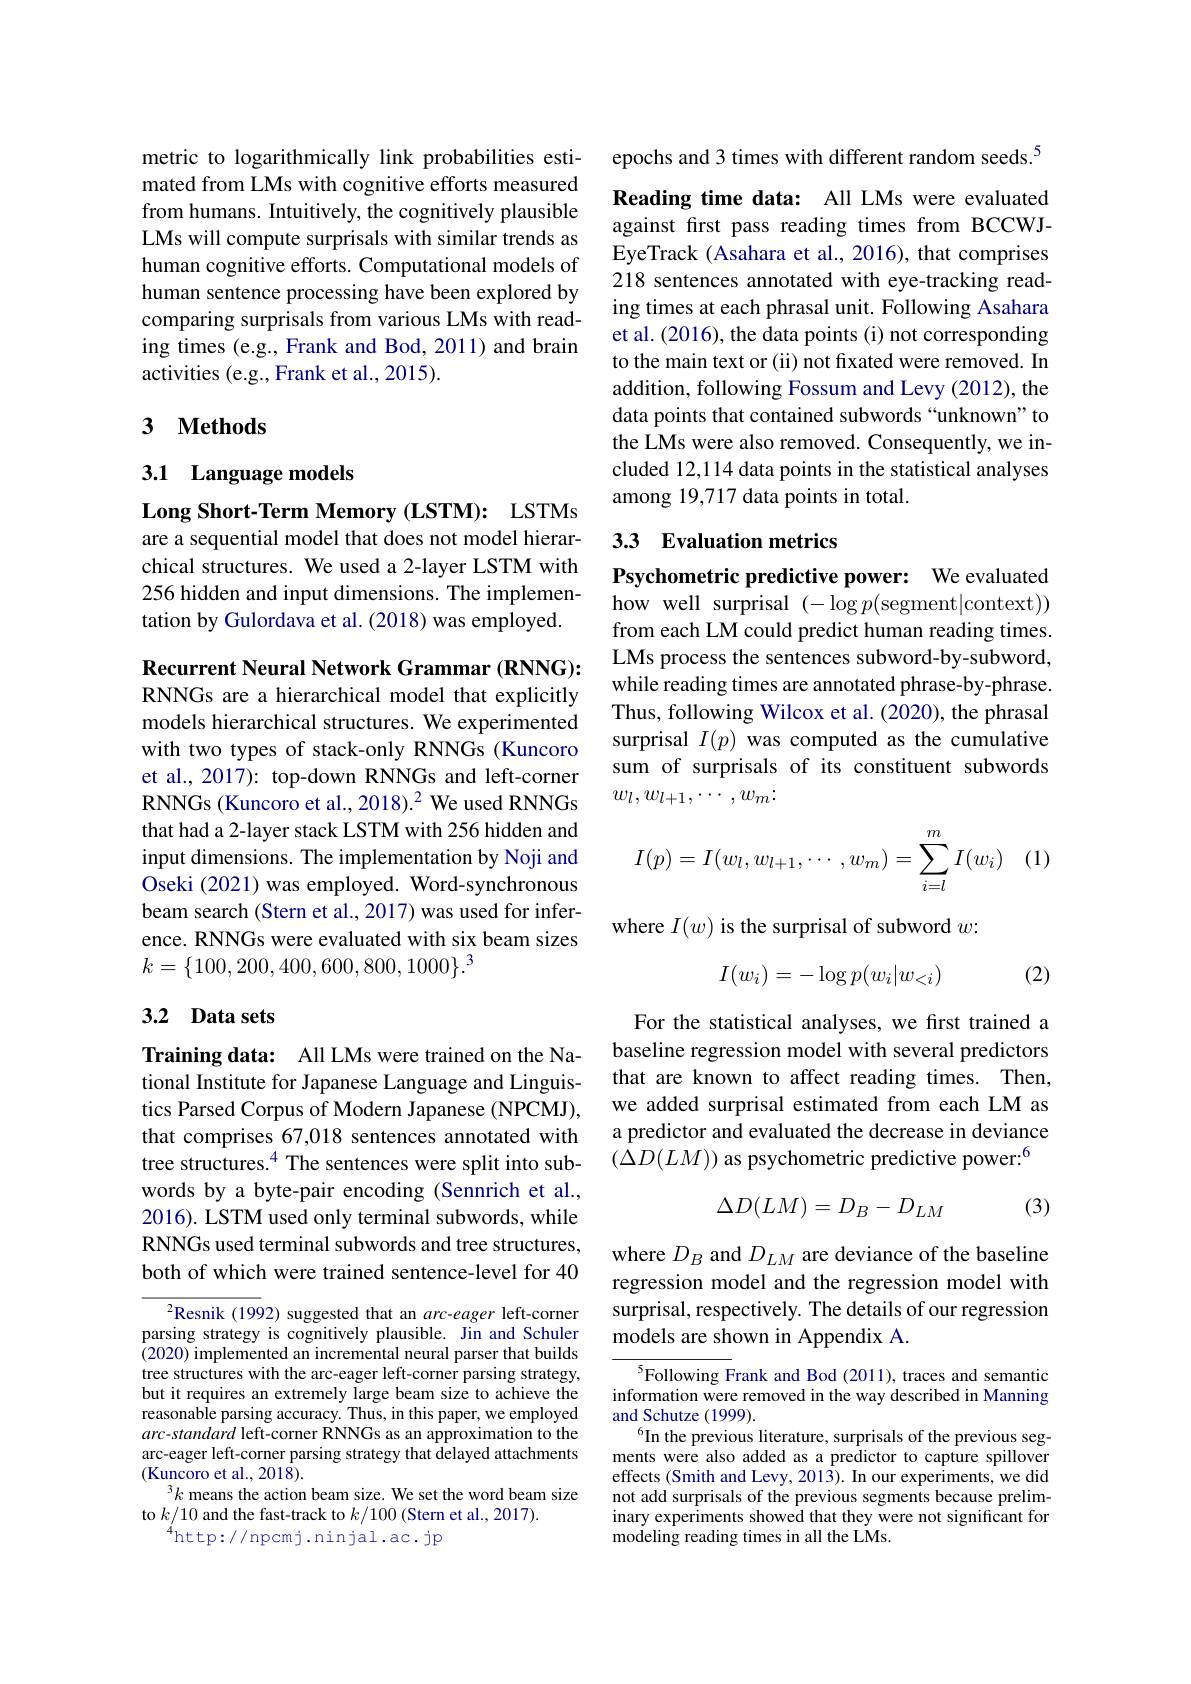
metric to logarithmically link probabilities estimated from LMs with cognitive efforts measured from humans. Intuitively, the cognitively plausible LMs will compute surprisals with similar trends as human cognitive efforts. Computational models of human sentence processing have been explored by comparing surprisals from various LMs with reading times (e.g., Frank and Bod, 2011) and brain activities (e.g., Frank et al., 2015).

# 3 $\textbf{Methods}$

3.1 Language models

Long Short-Term Memory (LSTM): LSTMs are a sequential model that does not model hierarchical structures. We used a 2-layer LSTM with 256 hidden and input dimensions. The implementation by Gulordava et al. (2018) was employed.

Recurrent Neural Network Grammar (RNNG): RNNGs are a hierarchical model that explicitly models hierarchical structures. We experimented with two types of stack-only RNNGs (Kuncoro et al., 2017): top-down RNNGs and left-corner RNNGs (Kuncoro et al., 2018).$^2$ We used RNNGs that had a 2-layer stack LSTM with 256 hidden and input dimensions. The implementation by Noji and Oseki (2021) was employed. Word-synchronous beam search (Stern et al., 2017) was used for inference. RNNGs were evaluated with six beam sizes $k=\{100,200,400,600,800,1000\}.^3$

## 3.2 Data sets

Training data: All LMs were trained on the National Institute for Japanese Language and Linguistics Parsed Corpus of Modern Japanese (NPCMJ), that comprises 67,018 sentences annotated with tree structures.$^{4}$ The sentences were split into subwords by a byte-pair encoding (Sennrich et al., 2016). LSTM used only terminal subwords, while RNNGs used terminal subwords and tree structures, both of which were trained sentence-level for 40

$^2$Resnik (1992) suggested that an $arc-eager$ left-corner parsing strategy is cognitively plausible. Jin and Schuler (2020) implemented an incremental neural parser that builds tree structures with the arc-eager left-corner parsing strategy, but it requires an extremely large beam size to achieve the reasonable parsing accuracy. Thus, in this paper, we employed arc-standard left-corner RNNGs as an approximation to the arc-eager left-corner parsing strategy that delayed attachments $(\bar{\text{Kuncoro et al., 2018}}).$
$^3k$ means the action beam size. We set the word beam size
to $k/10$ and the fast-track to $k/100$ (Stern et al., 2017).
$^{4}$http://npcmj.ninjal.ac.jp

epochs and 3 times with different random seeds.$^{5}$

Reading time data: All LMs were evaluated against first pass reading times from BCCWJEyeTrack (Asahara et al., 2016), that comprises 218 sentences annotated with eye-tracking reading times at each phrasal unit. Following Asahara et al. (2016), the data points (i) not corresponding to the main text or (ii) not fxated were removed. In addition, following Fossum and Levy (2012), the data points that contained subwords“unknown”to the LMs were also removed. Consequently, we included 12,114 data points in the statistical analyses among 19,717 data points in total.

## 33 Evaluation metrics

Psychometric predictive power: We evaluated how well surprisal $(-\log p($segment|context)) from each LM could predict human reading times. LMs process the sentences subword-by-subword, while reading times are annotated phrase-by-phrase. Thus, following Wilcox et al. (2020), the phrasal surprisal $I(p)$ was computed as the cumulative sum of surprisals of its constituent subwords $w_l,w_{l+1},\cdots,w_m\colon$

(1)
$$I(p)=I(w_l,w_{l+1},\cdots,w_m)=\sum_{i=l}^mI(w_i)$$
where $I(w)$ is the surprisal of subword $w$
$$I(w_i)=-\log p(w_i|w_{<i})$$
(2)

For the statistical analyses, we first trained a baseline regression model with several predictors that are known to affect reading times. Then, we added surprisal estimated from each LM as a predictor and evaluated the decrease in deviance $(\bar{\Delta D}(LM))$ as psychometric predictive power:$^6$

(3)
$$\Delta D(LM)=D_B-D_{LM}$$
where $D_B$ and $D_LM$ are deviance of the baseline regression model and the regression model with surprisal, respectively. The details of our regression models are shown in Appendix A

$^{5}$Following Frank and Bod (2011), traces and semantic information were removed in the way described in Manning and Schutze (1999).
$^{6}$In the previous literature, surprisals of the previous segments were also added as a predictor to capture spillover effects (Smith and Levy, 201$\dot{3}).$ In our experiments, we did not add surprisals of the previous segments because preliminary experiments showed that they were not significant for modeling reading times in all the LMs.